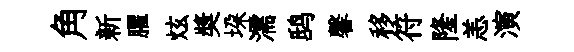
角新臞炫奬垜濡鸱馨移符隆恙演